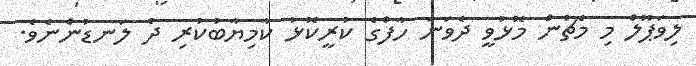
ލިވަޕޫލް މި މެޗުން މޮޅުވީ ދެވަނަ ހާފްގެ ކުރީކޮޅު ކާމިޔާބުކުރި ދެ ލަނޑުންނެވެ.